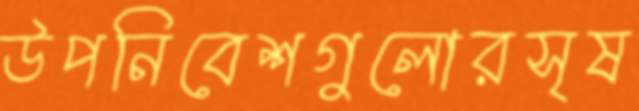
উপনিবেশগুলোরসৃষ